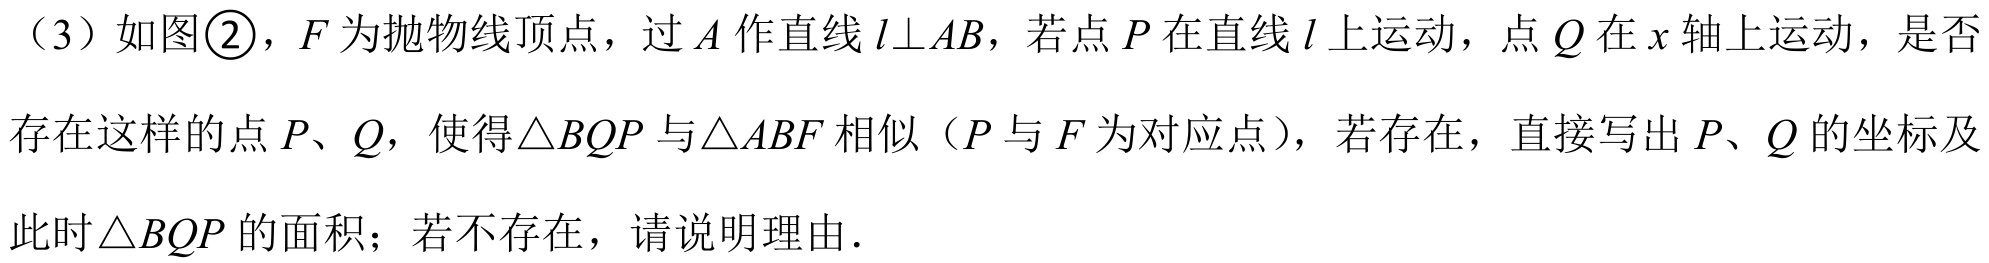
（3）如图\textcircled{2}，\(F\)为抛物线顶点，过\(A\)作直线\(l\bot AB\)，若点\(P\)在直线\(l\)上运动，点\(Q\)在\(x\)轴上运动，是否存在这样的点 \(P、Q\)，使得\(\triangle BQP\)与\(\triangle ABF\)相似（\(P\)与\(F\)为对应点），若存在，直接写出 \(P、Q\)的坐标及此时\(\triangle BQP\)的面积；若不存在，请说明理由.